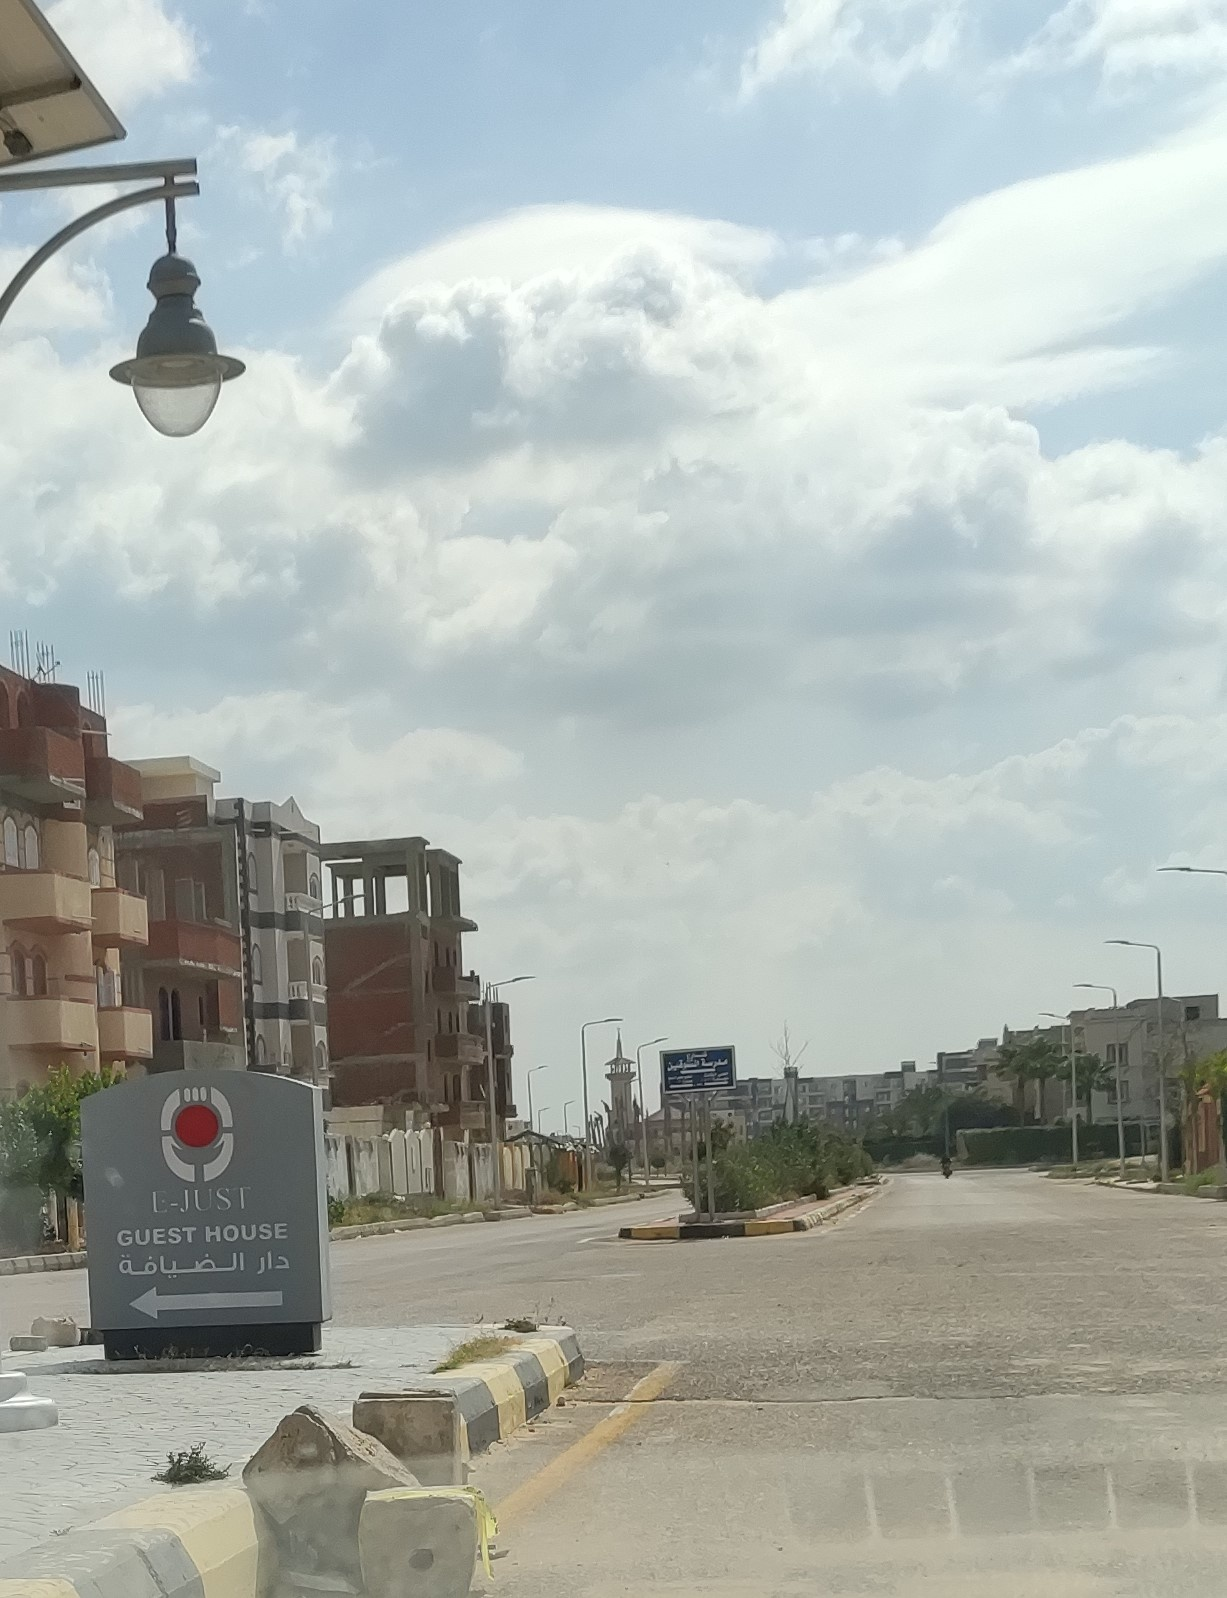
Text in image: دار الضيافة E-JUST HOUSE GUEST